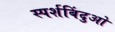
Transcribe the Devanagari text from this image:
स्पर्शबिंदुओ